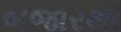
બજારથી